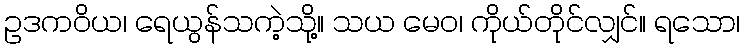
ဥဒကဝိယ၊ ရေယွန်သကဲ့သို့။ သယ မေဝ၊ ကိုယ်တိုင်လျှင်။ ရသော၊